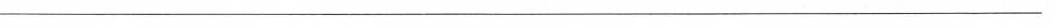
___